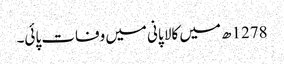
1278ھ میں کالا پانی میں وفات پائی۔